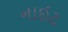
નાઈટ